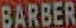
BARBER